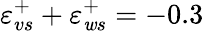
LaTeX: \varepsilon_{vs}^{+}+\varepsilon_{\mathit{w}s}^{+}=-0.3